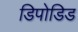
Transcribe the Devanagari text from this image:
डिपोडिड